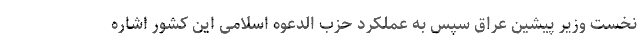
نخست وزیر پیشین عراق سپس به عملکرد حزب الدعوه اسلامی این کشور اشاره